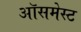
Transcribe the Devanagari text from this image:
ऑसमेस्ट